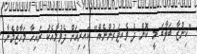
"ކިންޒާ ބަލާބަ މީ ކޮން ދެ ވެއިޓަރުންނެއް" ކައިރިއަށް ދެވުމާއެކު ރައިހާ މަހާޒްމެނާ